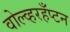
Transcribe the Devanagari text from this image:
वोल्व्हरहँप्टन